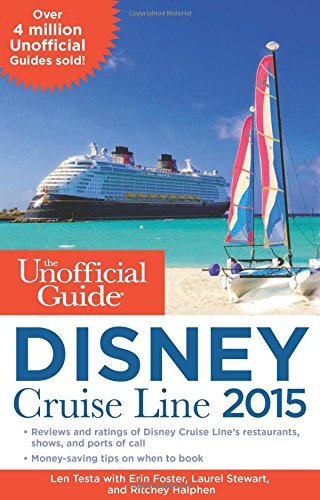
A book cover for The Unofficial Guide to the Disney Cruise Line 2015; Len Testa; Parenting & Relationships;